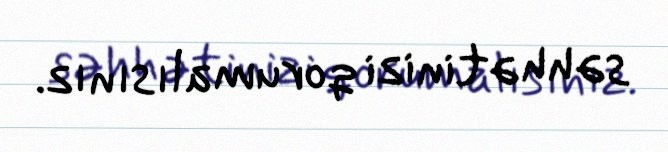
səhhətinizi qorumalısınız.